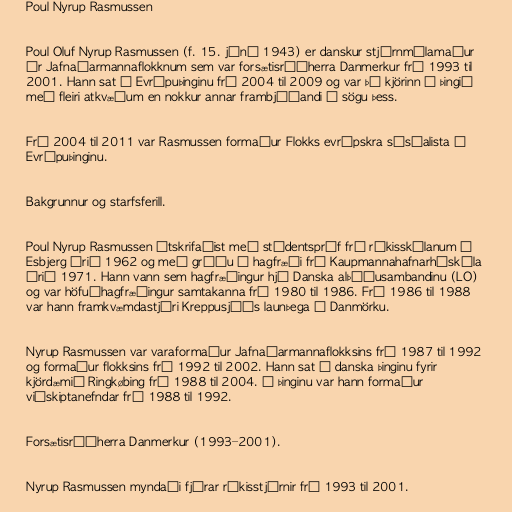
Poul Nyrup Rasmussen

Poul Oluf Nyrup Rasmussen (f. 15. júní 1943) er danskur stjórnmálamaður
úr Jafnaðarmannaflokknum sem var forsætisráðherra Danmerkur frá 1993 til
2001. Hann sat á Evrópuþinginu frá 2004 til 2009 og var þá kjörinn á þingið
með fleiri atkvæðum en nokkur annar frambjóðandi í sögu þess.

Frá 2004 til 2011 var Rasmussen formaður Flokks evrópskra sósíalista á
Evrópuþinginu.

Bakgrunnur og starfsferill.

Poul Nyrup Rasmussen útskrifaðist með stúdentspróf frá ríkisskólanum í
Esbjerg árið 1962 og með gráðu í hagfræði frá Kaupmannahafnarháskóla
árið 1971. Hann vann sem hagfræðingur hjá Danska alþýðusambandinu (LO)
og var höfuðhagfræðingur samtakanna frá 1980 til 1986. Frá 1986 til 1988
var hann framkvæmdastjóri Kreppusjóðs launþega í Danmörku.

Nyrup Rasmussen var varaformaður Jafnaðarmannaflokksins frá 1987 til 1992
og formaður flokksins frá 1992 til 2002. Hann sat á danska þinginu fyrir
kjördæmið Ringkøbing frá 1988 til 2004. Á þinginu var hann formaður
viðskiptanefndar frá 1988 til 1992.

Forsætisráðherra Danmerkur (1993–2001).

Nyrup Rasmussen myndaði fjórar ríkisstjórnir frá 1993 til 2001.